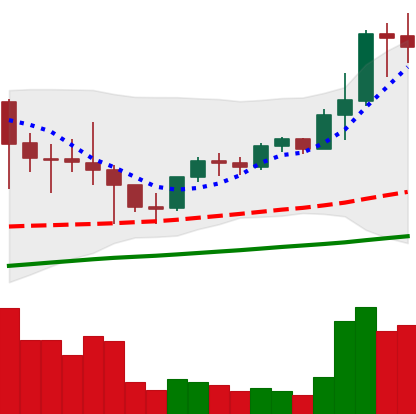
Ticker: LTC-USD
Chart end date: 2021-05-07
Forward return: -12.467%
Label: down_7plus